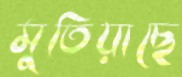
মুতিয়াছে